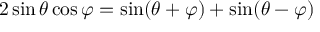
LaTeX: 2 \sin \theta \cos \varphi = { \sin ( \theta + \varphi ) + \sin ( \theta - \varphi ) }